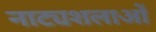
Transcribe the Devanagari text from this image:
नाट्यशलाओं